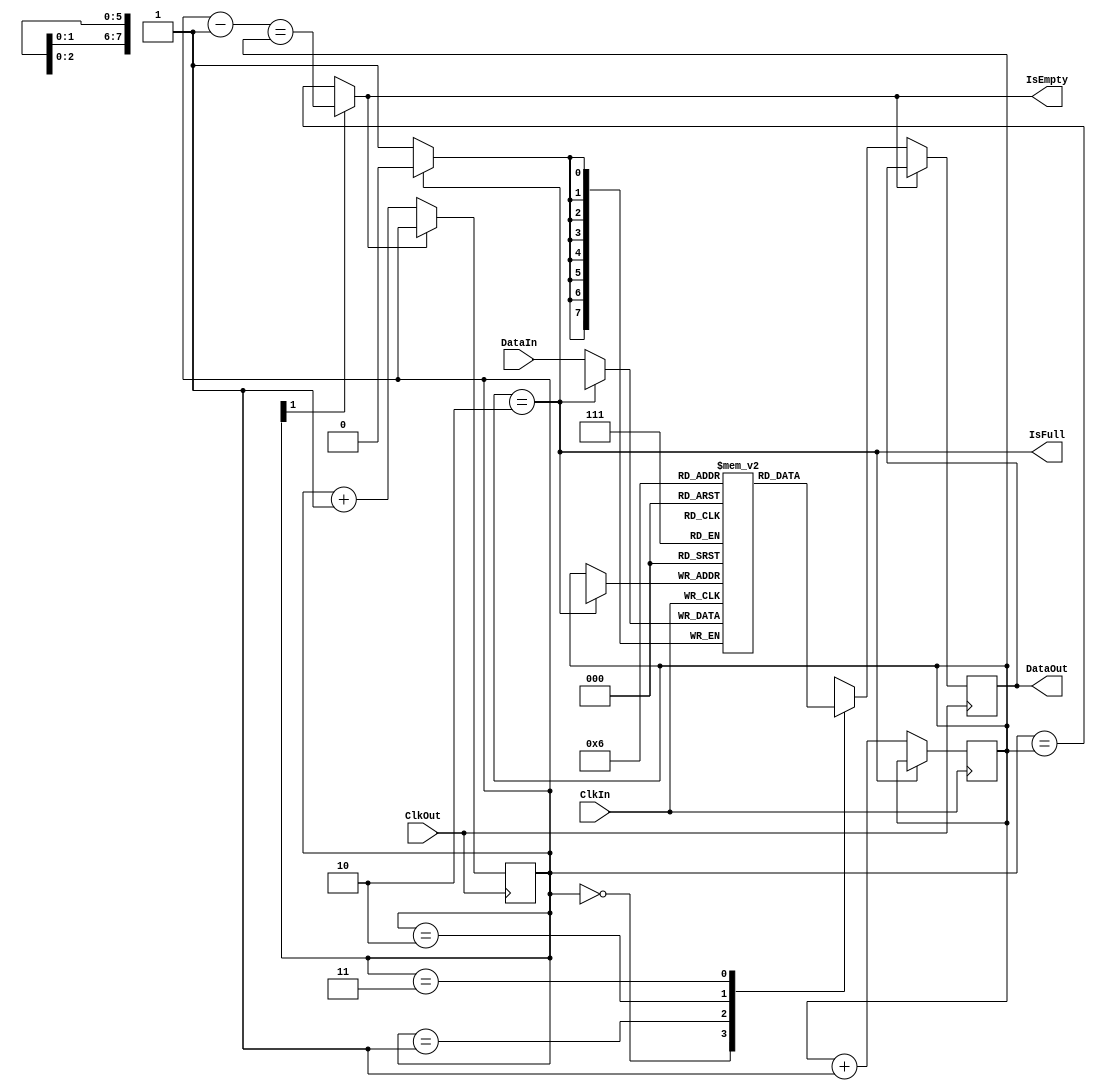
// This program was cloned from: https://github.com/szym-mie/vga3
// License: BSD 3-Clause "New" or "Revised" License

`timescale 1ns/1ps

// Decompositor 3 words to 4 output words

module decomp3to4 #(
    parameter IWIDTH = 8, // input word width
    parameter OWIDTH = 6  // decomposed word width
) (
    input wire[IWIDTH-1:0] DataIn,
    output reg[OWIDTH-1:0] DataOut,
    
    input wire ClkIn,
    input wire ClkOut,

    output wire IsFull,
    output wire IsEmpty
);

reg[IWIDTH-1:0] BufferIn[2:0];
reg[1:0] IndexIn = 1'b0, IndexOut = 1'b0;

assign IsFull = IndexIn == 2;
assign IsEmpty = !IndexOut[1] ? 
    (IndexOut == IndexIn) : 
    (IndexOut - 1'b1 == IndexIn);

always @(posedge ClkIn) begin
    if (!IsFull) begin
        BufferIn[IndexIn] <= DataIn;
        IndexIn <= IndexIn == 2 ? 1'b0 : IndexIn + 1'b1;
    end
end

always @(posedge ClkOut) begin
    if (!IsEmpty) begin
        // TODO: decomposition not paramterized
        case (IndexOut)
            2'b00: DataOut <= BufferIn[0][2 +: OWIDTH];
            2'b01: DataOut <= { BufferIn[0][0 +: 2], BufferIn[1][4 +: 4] };
            2'b10: DataOut <= { BufferIn[1][0 +: 4], BufferIn[2][6 +: 2] };
            2'b11: DataOut <= BufferIn[2][0 +: OWIDTH];
        endcase
        IndexOut <= IndexOut + 1'b1;
    end
end

endmodule